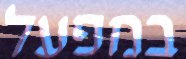
במפעל